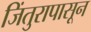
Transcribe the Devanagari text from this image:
जिंतुरापासून